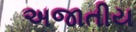
અજાતીય